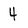
Character: 4